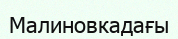
Малиновкадағы